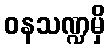
ဝနသဏ္ဍမှိ